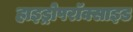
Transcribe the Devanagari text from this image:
हाइड्रोपरॉक्साइड